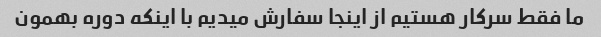
ما فقط سرکار هستیم از اینجا سفارش میدیم با اینکه دوره بهمون